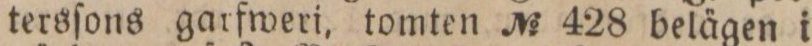
tersſons garfweri, tomten No 428 belägen i